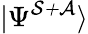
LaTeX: |\Psi^{\mathcal{S+A}}\rangle